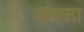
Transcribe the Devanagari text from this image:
आएसा